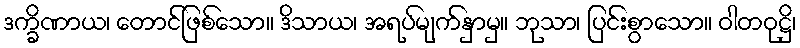
ဒက္ခိဏာယ၊ တောင်ဖြစ်သော။ ဒိသာယ၊ အရပ်မျက်နှာမှ။ ဘုသာ၊ ပြင်းစွာသော။ ဝါတဝုဋ္ဌိ၊